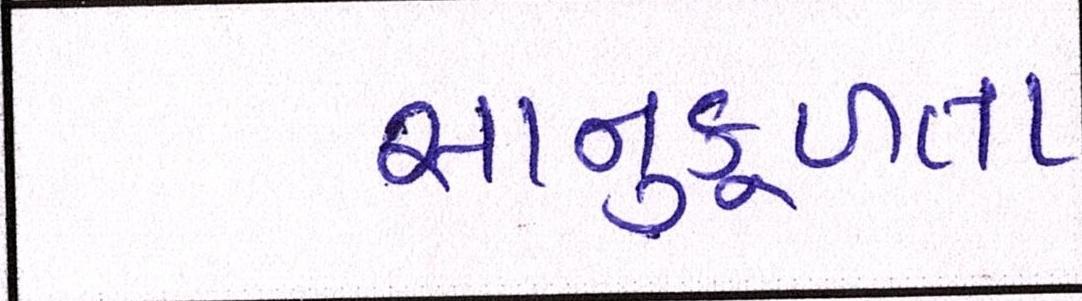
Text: સાનુકુળતા